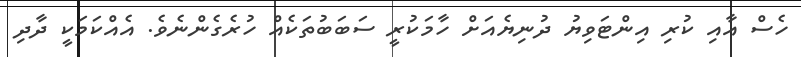
ހެސް އާއި ކުރި އިންޓަވިޔު ދުނިޔެއަށް ހާމަކުރީ ސަބަބުތަކެއް ހުރެގެންނެވެ. އެއްކަމަކީ ދާދި